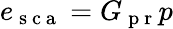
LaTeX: e_{\mathrm{~s~c~a~}}=G_{\mathrm{~p~r~}}p